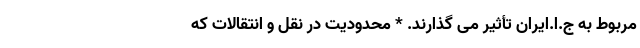
مربوط به ج.ا.ایران تأثیر می گذارند. * محدودیت در نقل و انتقالات که